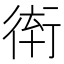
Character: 𲀞